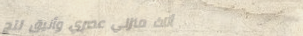
أثاث منزلي عصري وأنيق لتج